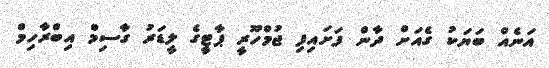
އަނެއް ބަޔަކު ގެއަށް ދާން ފަށައިފި ޖުމްހޫރީ ޕާޓީގެ ލީޑަރު ގާސިމް އިބްރާހިމް